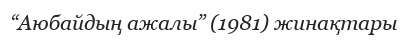
“Аюбайдың ажалы” (1981) жинақтары